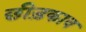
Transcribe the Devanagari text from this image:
छीड़काव